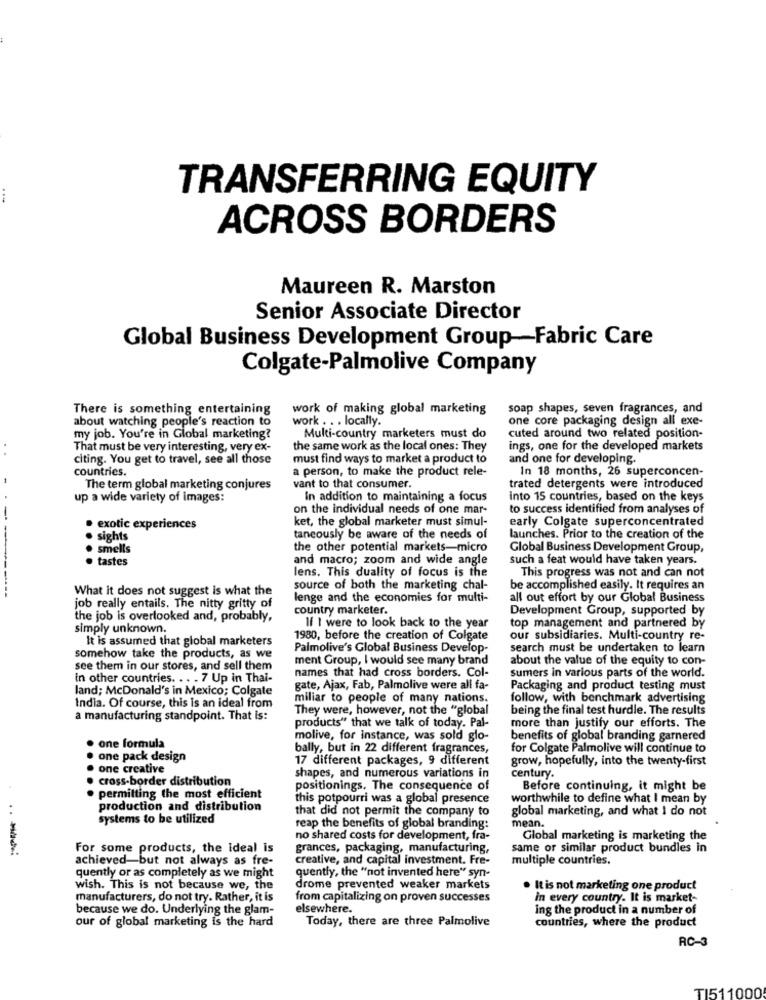
TRANSFERRING EQUITY
ACROSS BORDERS
Maureen R. Marston
Senior Associate Director
Global Business Development Group-Fabric Care
Colgate-Palmolive Company
There is something entertaining
work of making global marketing
soap shapes, seven fragrances, and
about watching people's reaction to
work . . . locally.
one core packaging design all exe-
my job. You're in Global marketing?
Multi-country marketers must do
cuted around two related position
That must be very interesting, very ex-
the same work as the local ones: They
ings, one for the developed markets
citing. You get to travel, see all those
must find ways to market a product to
and one for developing.
countries.
a person, to make the product rele-
In 18 months, 26 superconcen-
The term global marketing conjures
vant to that consumer.
trated detergents were introduced
up a wide variety of images:
In addition to maintaining a focus
into 15 countries, based on the keys
on the individual needs of one mar-
to success identified from analyses of
--
ket, the global marketer must simul-
early Colgate superconcentrated
· exotic experiences
· sights
taneously be aware of the needs of
launches. Prior to the creation of the
. smells
the other potential markets-micro
Global Business Development Group,
· tastes
and macro; zoom and wide angle
such a feat would have taken years.
lens. This duality of focus is the
This progress was not and can not
What it does not suggest is what the
source of both the marketing chal-
be accomplished easily. It requires an
lenge and the economies for multi-
all out effort by our Global Business
job really entails. The nitty gritty of
country marketer.
Development Group, supported by
the job is overlooked and, probably,
simply unknown.
If I were to look back to the year
top management and partnered by
It is assumed that global marketers
1980, before the creation of Colgate
our subsidiaries. Multi-country re-
Palmolive's Global Business Develop-
search must be undertaken to learn
somehow take the products, as we
ment Group, I would see many brand
about the value of the equity to con-
see them in our stores, and sell them
names that had cross borders. Col-
sumers in various parts of the world.
in other countries. .. . 7 Up in Thai-
land; McDonald's in Mexico; Colgate
gate, Ajax, Fab, Palmolive were all fa-
Packaging and product testing must
miliar to people of many nations.
follow, with benchmark advertising
India. Of course, this is an ideal from
They were, however, not the "global
being the final test hurdle. The results
a manufacturing standpoint. That is:
products" that we talk of today. Pal-
more than justify our efforts. The
molive, for instance, was sold glo-
benefits of global branding garnered
one formula
bally, but in 22 different fragrances,
for Colgate Palmolive will continue to
one pack design
17 different packages, 9 different
grow, hopefully, into the twenty-first
. one creative
· cross-border distribution
shapes, and numerous variations in
century.
positionings. The consequence of
Before continuing, it might be
. permitting the most efficient
this potpourri was a global presence
worthwhile to define what I mean by
production and distribution
that did not permit the company to
global marketing, and what I do not
systems to be utilized
reap the benefits of global branding:
mean.
no shared costs for development, fra-
Global marketing is marketing the
--
For some products, the ideal is
grances, packaging, manufacturing,
same or similar product bundles in
achieved-but not always as fre-
creative, and capital investment. Fre-
multiple countries.
quently, the "not invented here" syn-
quently or as completely as we might
wish. This is not because we, the
drome prevented weaker markets
It is not marketing one product
manufacturers, do not try. Rather, it is
from capitalizing on proven successes
in every country. It is market-
because we do. Underlying the glam-
elsewhere.
ing the product in a number of
our of global marketing is the hard
Today, there are three Palmolive
countries, where the product
RC-3
TI511000